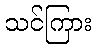
သင်ကြား